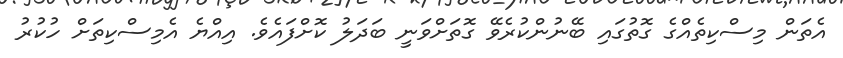
އެތަން މިސްކިތެއްގެ ގޮތުގައި ބޭނުންކުރެވޭ ގޮތަށްވަނީ ބަދަލު ކޮށްފައެވެ. އިއްޔެ އެމިސްކިތަށް ހުކުރު